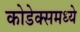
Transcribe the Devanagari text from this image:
कोडेक्समध्ये